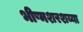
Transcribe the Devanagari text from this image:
भीष्मशरशय्या